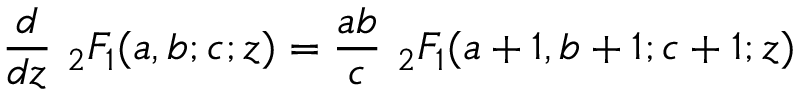
{ \frac { d } { d z } } \ { } _ { 2 } F _ { 1 } ( a , b ; c ; z ) = { \frac { a b } { c } } \ { } _ { 2 } F _ { 1 } ( a + 1 , b + 1 ; c + 1 ; z )